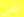
هي